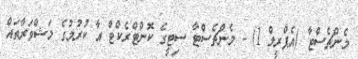
މެންޗެސްޓާ (އެޕްރީލް 1) - މެންޗެސްޓާ ސިޓީގެ ކޮންޓްރެކްޓް އާ ކުރުމުގެ މަޝްވަރާތައް